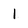
Character: 1